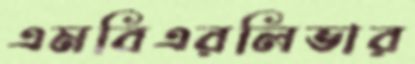
এমবিএরলিভার